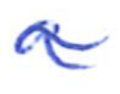
Text: a
Cross-out: wave
Writing tool: ballpoint